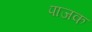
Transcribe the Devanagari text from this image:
पाजक